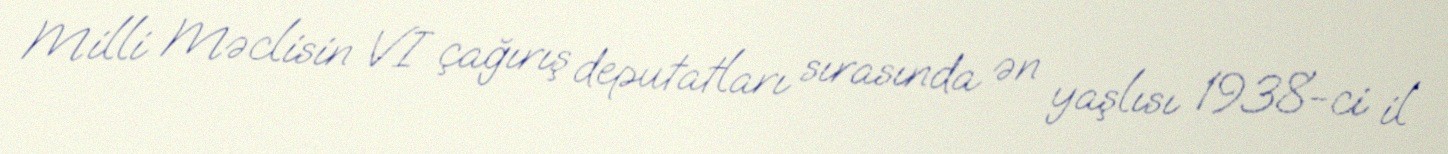
Milli Məclisin VI çağırış deputatları sırasında ən yaşlısı 1938-ci il